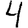
Digit: 4